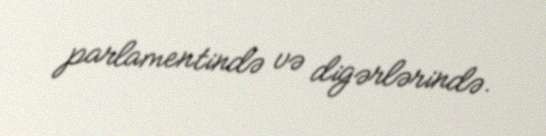
parlamentində və digərlərində.